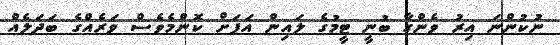
ނުކުންނަ އިރު ވެންގާ ބުނީ ޓީމުގެ ލައިން އަޕަށް ކޮންމެވެސް ވަރެއްގެ ބަދަލެއް